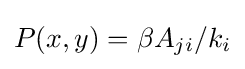
P(x,y)=\beta A_{ji}/k_{i}